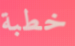
خطبة